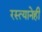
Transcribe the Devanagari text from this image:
रस्त्यानेही